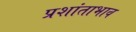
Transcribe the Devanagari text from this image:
प्रशांताभाव